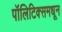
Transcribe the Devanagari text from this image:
पॉलिटिक्समधून